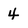
Character: 4